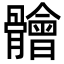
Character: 䯤